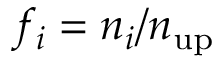
f _ { i } = n _ { i } / n _ { \mathrm { u p } }